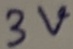
Text: 3V